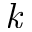
\textit { k }